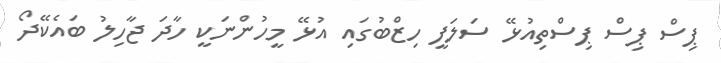
ޕިސް ޕިސް ޕިސްތިއުޅޭ ސަލަފީ ހިޒްބުގައި އުޅޭ މީހުންނަކީ ހާދަ ޖާހިލު ބައެކޭދޯ